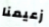
زعيمنا